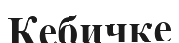
Кебичке